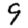
Digit: 9